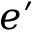
e ^ { \prime }